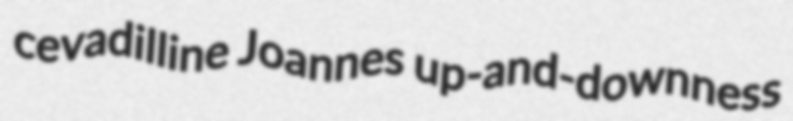
cevadilline Joannes up-and-downness